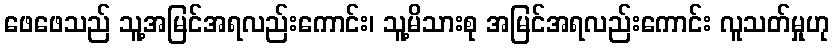
ဖေဖေသည် သူ့အမြင်အရလည်းကောင်း၊ သူ့မိသားစု အမြင်အရလည်းကောင်း လူသတ်မှုဟု